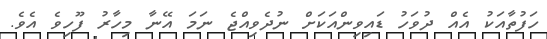
ހަފުތާއަކު އެއް ދުވަހު ޑައިވިންއަކަށް ނުދެވިއްޖެ ނަމަ އޭނާ މިހާރު ފޫހިވެ އެވެ.